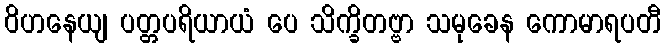
ဝိဟနေယျ ပတ္တပရိယာယံ ပေ သိက္ခိတဗ္ဗာ သမုခေန ကောမာရပတီ